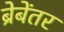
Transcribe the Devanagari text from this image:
ब्रेबेंतर